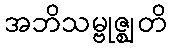
အဘိသမ္ဗုဇ္ဈတိ